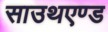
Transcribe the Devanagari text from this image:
साउथएण्ड